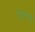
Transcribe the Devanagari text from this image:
एकरांची